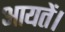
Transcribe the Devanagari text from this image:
आयतें।